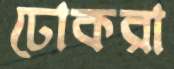
ঢোকরা